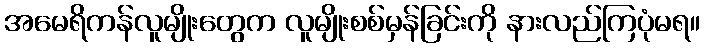
အမေရိကန်လူမျိုးတွေက လူမျိုးစစ်မှန်ခြင်းကို နားလည်ကြပုံမရ။